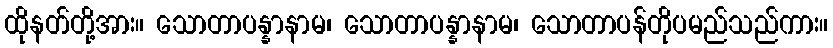
ထိုနတ်တို့အား။ သောတာပန္နာနာမ၊ သောတာပန္နာနာမ၊ သောတာပန်တိုပမည်သည်ကား။